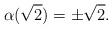
LaTeX: \begin{align*}\alpha(\sqrt{2}) = \pm \sqrt{2}. \end{align*}